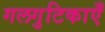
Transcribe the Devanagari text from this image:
गलगुटिकाएँ